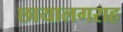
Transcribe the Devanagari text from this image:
छायालगराह